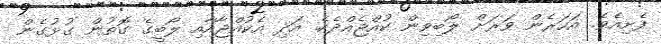
ފެށިއެވެ. އަހަރެން ވަރަށް ލޯބިވިން ކުއްޖެއްދެކެ. އަދި އެކުއްޖާއާއި ލޯބީގެ ގޮތުން ގުޅުގެން